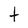
Character: t